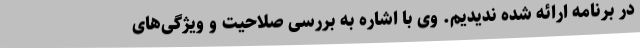
در برنامه ارائه شده ندیدیم. وی با اشاره به بررسی صلاحیت و ویژگی‌های